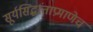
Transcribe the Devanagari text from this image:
सूर्यसिद्धांताप्रमाणेच